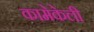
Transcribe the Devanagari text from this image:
कामेकेली